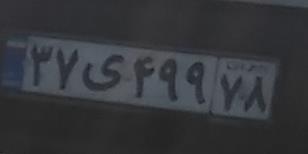
۳۷ی۴۹۹۷۸